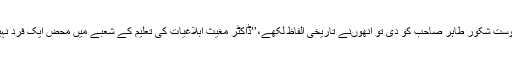
ان کی رحلت کی خبر جب میں نے اپنے سینئر ساتھی اور مشترکہ دوست شکور طاہر صاحب کو دی تو انھوںنے تاریخی الفاظ لکھے،’’ڈاکٹر مغیث ابلاغیات کی تعلیم کے شعبے میں محض ایک فرد نہیں تھے بلکہ ان کی ذات ایک ادارے کی حیثیت اختیار کر چکی تھی۔